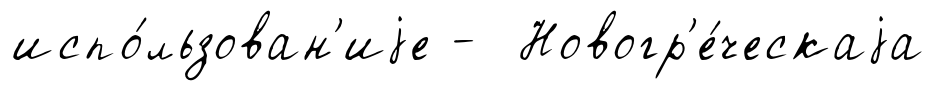
испо́льзован'иjе - Новогр'е́ческаjа